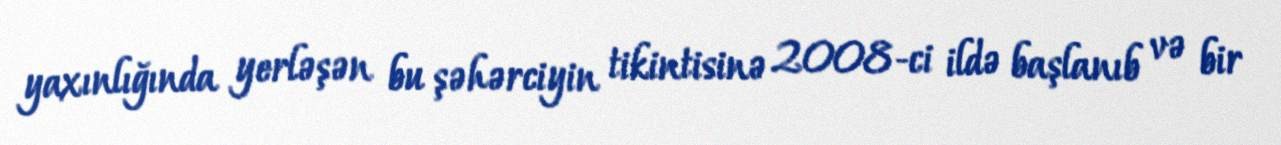
yaxınlığında yerləşən bu şəhərciyin tikintisinə 2008-ci ildə başlanıb və bir